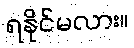
ရနိုင်မလား။